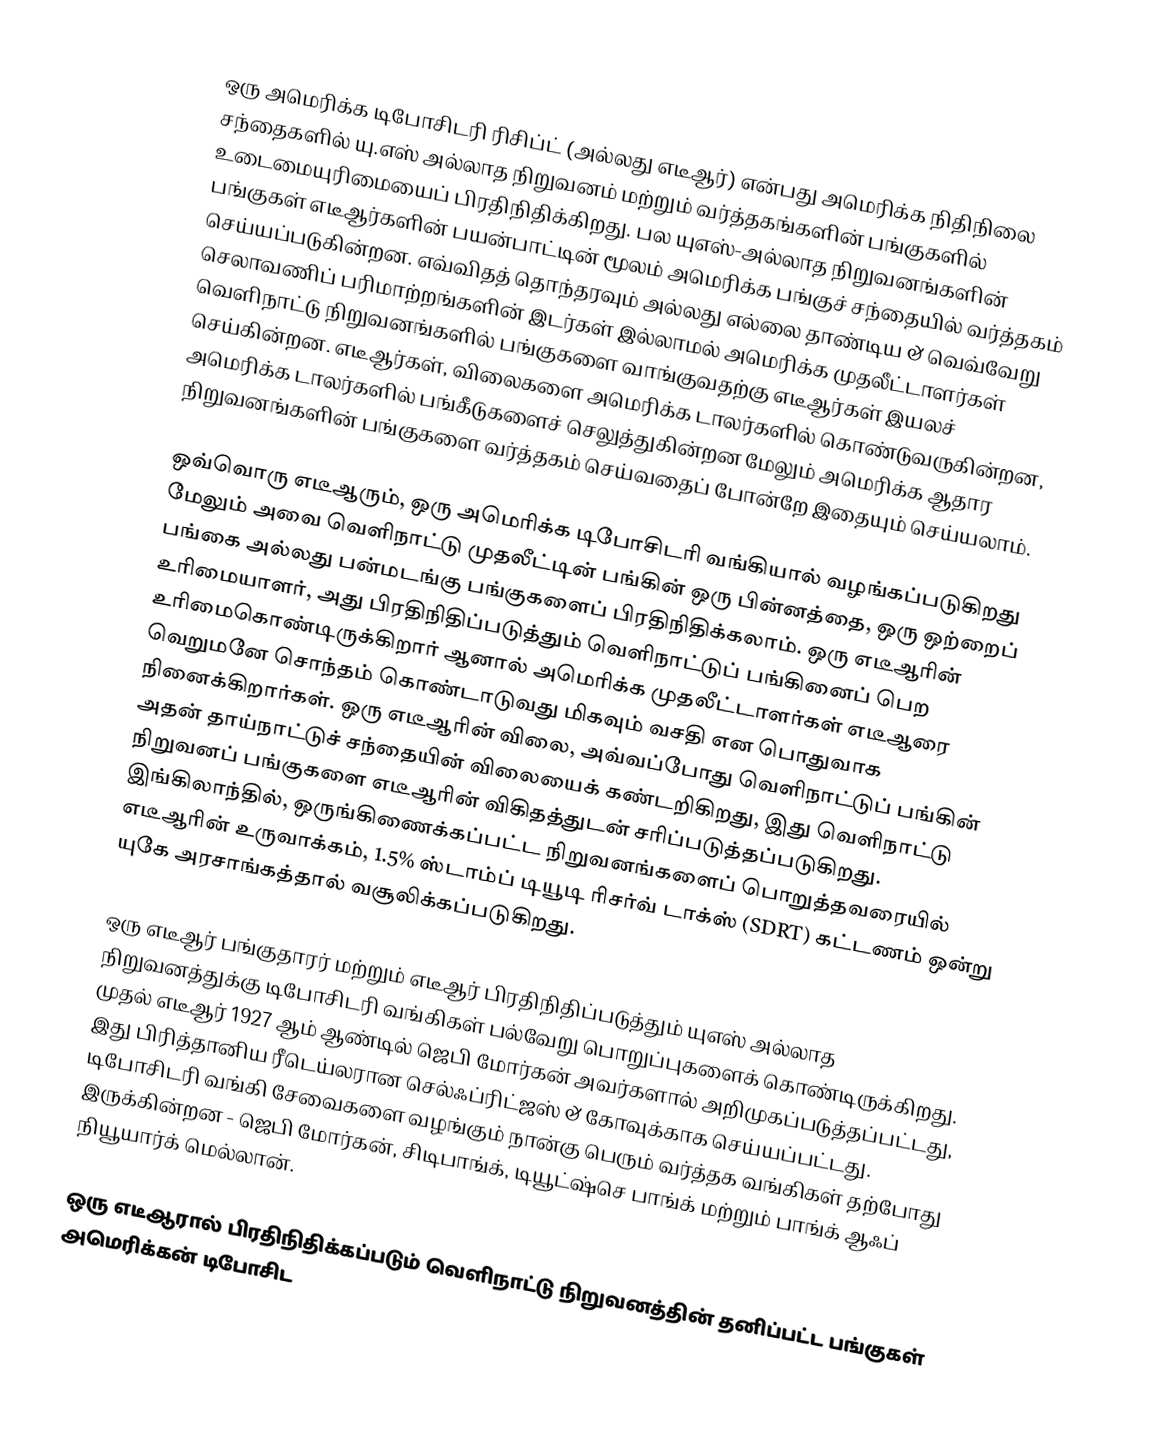
ஒரு அமெரிக்க டிபோசிடரி ரிசிப்ட் (அல்லது எடீஆர்) என்பது அமெரிக்க நிதிநிலை சந்தைகளில் யு.எஸ் அல்லாத நிறுவனம் மற்றும் வர்த்தகங்களின் பங்குகளில் உடைமையுரிமையைப் பிரதிநிதிக்கிறது. பல யுஎஸ்-அல்லாத நிறுவனங்களின் பங்குகள் எடீஆர்களின் பயன்பாட்டின் மூலம் அமெரிக்க பங்குச் சந்தையில் வர்த்தகம் செய்யப்படுகின்றன. எவ்விதத் தொந்தரவும் அல்லது எல்லை தாண்டிய & வெவ்வேறு செலாவணிப் பரிமாற்றங்களின் இடர்கள் இல்லாமல் அமெரிக்க முதலீட்டாளர்கள் வெளிநாட்டு நிறுவனங்களில் பங்குகளை வாங்குவதற்கு எடீஆர்கள் இயலச் செய்கின்றன. எடீஆர்கள், விலைகளை அமெரிக்க டாலர்களில் கொண்டுவருகின்றன, அமெரிக்க டாலர்களில் பங்கீடுகளைச் செலுத்துகின்றன மேலும் அமெரிக்க ஆதார நிறுவனங்களின் பங்குகளை வர்த்தகம் செய்வதைப் போன்றே இதையும் செய்யலாம்.

ஒவ்வொரு எடீஆரும், ஒரு அமெரிக்க டிபோசிடரி வங்கியால் வழங்கப்படுகிறது மேலும் அவை வெளிநாட்டு முதலீட்டின் பங்கின் ஒரு பின்னத்தை, ஒரு ஒற்றைப் பங்கை அல்லது பன்மடங்கு பங்குகளைப் பிரதிநிதிக்கலாம். ஒரு எடீஆரின் உரிமையாளர், அது பிரதிநிதிப்படுத்தும் வெளிநாட்டுப் பங்கினைப் பெற உரிமைகொண்டிருக்கிறார் ஆனால் அமெரிக்க முதலீட்டாளர்கள் எடீஆரை வெறுமனே சொந்தம் கொண்டாடுவது மிகவும் வசதி என பொதுவாக நினைக்கிறார்கள். ஒரு எடீஆரின் விலை, அவ்வப்போது வெளிநாட்டுப் பங்கின் அதன் தாய்நாட்டுச் சந்தையின் விலையைக் கண்டறிகிறது, இது வெளிநாட்டு நிறுவனப் பங்குகளை எடீஆரின் விகிதத்துடன் சரிப்படுத்தப்படுகிறது. இங்கிலாந்தில், ஒருங்கிணைக்கப்பட்ட நிறுவனங்களைப் பொறுத்தவரையில் எடீஆரின் உருவாக்கம், 1.5% ஸ்டாம்ப் டியூடி ரிசர்வ் டாக்ஸ் (SDRT) கட்டணம் ஒன்று யுகே அரசாங்கத்தால் வசூலிக்கப்படுகிறது.

ஒரு எடீஆர் பங்குதாரர் மற்றும் எடீஆர் பிரதிநிதிப்படுத்தும் யுஎஸ் அல்லாத நிறுவனத்துக்கு டிபோசிடரி வங்கிகள் பல்வேறு பொறுப்புகளைக் கொண்டிருக்கிறது. முதல் எடீஆர் 1927 ஆம் ஆண்டில் ஜெபி மோர்கன் அவர்களால் அறிமுகப்படுத்தப்பட்டது, இது பிரித்தானிய ரீடெய்லரான செல்ஃப்ரிட்ஜஸ் & கோவுக்காக செய்யப்பட்டது. டிபோசிடரி வங்கி சேவைகளை வழங்கும் நான்கு பெரும் வர்த்தக வங்கிகள் தற்போது இருக்கின்றன - ஜெபி மோர்கன், சிடிபாங்க், டியூட்ஷ்செ பாங்க் மற்றும் பாங்க் ஆஃப் நியூயார்க் மெல்லான்.

ஒரு எடீஆரால் பிரதிநிதிக்கப்படும் வெளிநாட்டு நிறுவனத்தின் தனிப்பட்ட பங்குகள் அமெரிக்கன் டிபோசிட